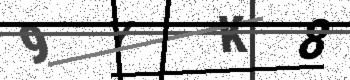
Text: 9YK8